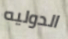
الدوليه